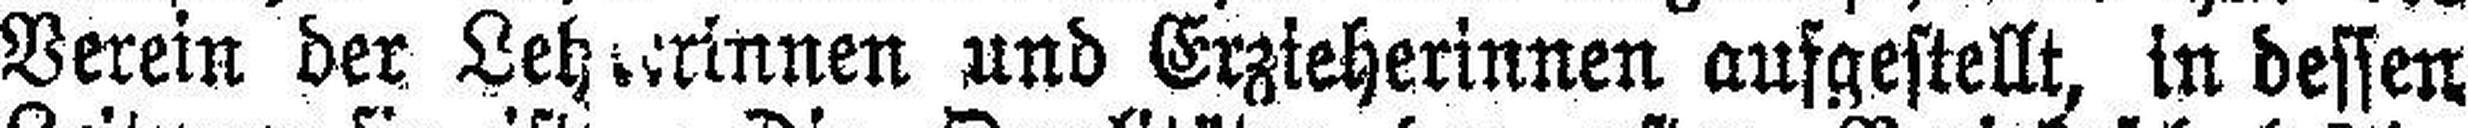
Verein der Lehrerinnen und Erzieherinnen aufgestellt, in dessen